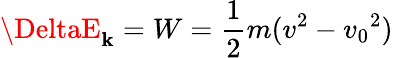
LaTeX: \DeltaE_{\mathbf{k}}=W={\frac{{1}}{{2}}}m(v^{2}-{v_{0}}^{2})